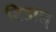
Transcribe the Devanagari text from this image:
बिडाल्